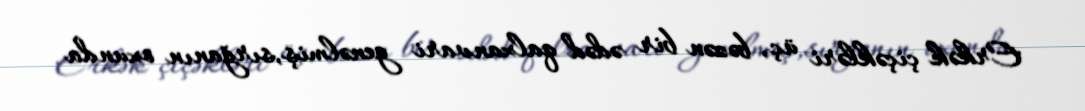
Erkək çiçəkləri üç, bəzən bir ədəd qalxanvari genəlmiş,sırğanın oxunda